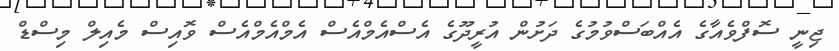
ޖިނީ ސޮފްވެއާގެ އެއްބަސްވުމުގެ ދަށުން އުރީދޫގެ އެސްއެމްއެސް އެމްއެމްއެސް ވޮއިސް މެއިލް މިސްޑް